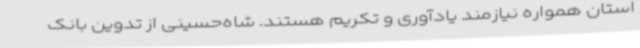
استان همواره نیازمند یادآوری و تکریم‌ هستند. شاه‌حسینی از تدوین بانک